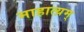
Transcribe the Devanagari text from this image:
माहात्य़म्